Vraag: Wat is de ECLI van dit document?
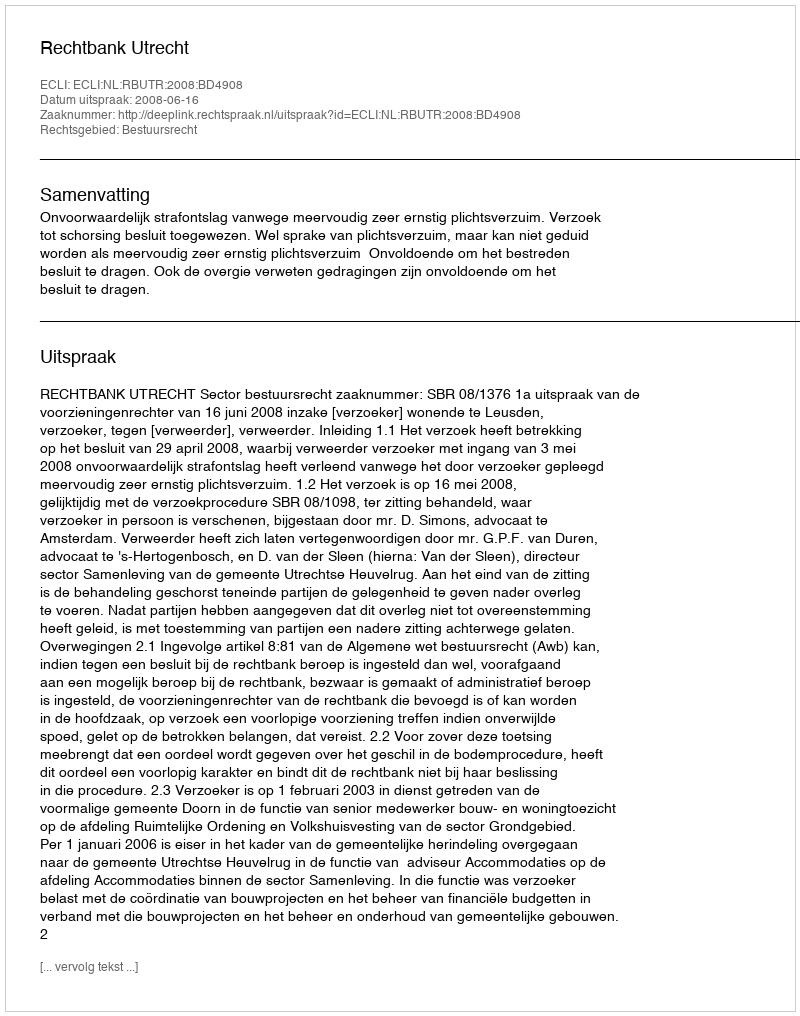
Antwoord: ECLI:NL:RBUTR:2008:BD4908